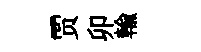
贾卯輸